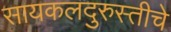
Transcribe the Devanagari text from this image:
सायकलदुरुस्तीचे